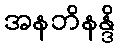
အနဘိနန္ဒိ